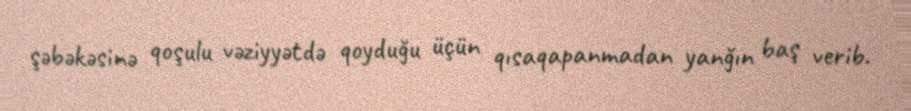
şəbəkəsinə qoşulu vəziyyətdə qoyduğu üçün qısaqapanmadan yanğın baş verib.